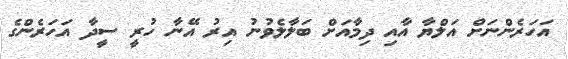
އަހަރެންނަށް އަލްޔާ އާއި ދިމާއަށް ބަލާލެވުނު އިރު އޭނާ ހުރީ ސީދާ އަހަރެންގެ